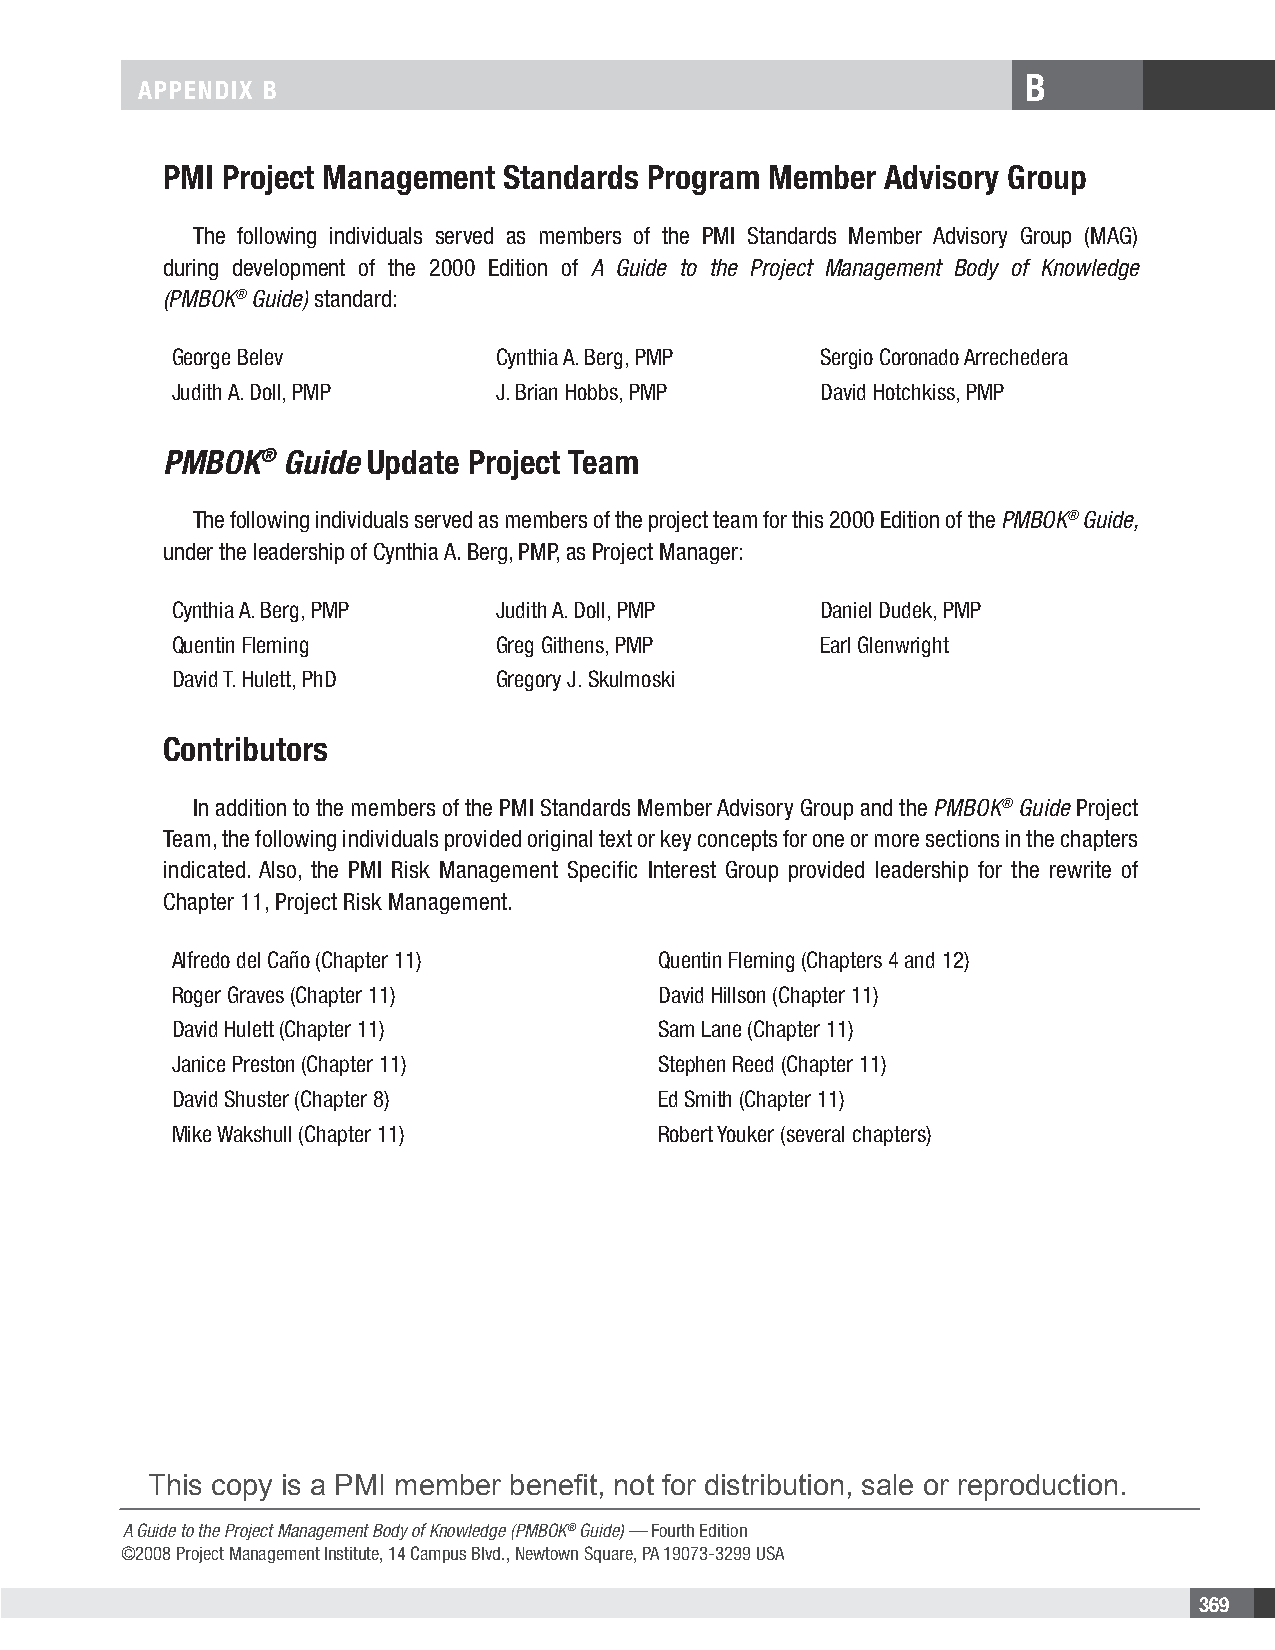
B
 APPENDIX B
 PMI Project Management Standards Program Member Advisory Group
 The following individuals served as members of the PMI Standards Member Advisory Group (MAG)
 during development of the 2000 Edition of A Guide to the Project Management Body of Knowledge
 (PMBOK® Guide) standard:
 George Belev         Cynthia A. Berg, PMP Sergio Coronado Arrechedera
 Judith A. Doll, PMP  J. Brian Hobbs, PMP  David Hotchkiss, PMP
 PMBOK®  Guide Update Project Team
 The following individuals served as members of the project team for this 2000 Edition of the PMBOK® Guide,
 under the leadership of Cynthia A. Berg, PMP, as Project Manager:
 Cynthia A. Berg, PMP Judith A. Doll, PMP  Daniel Dudek, PMP
 Quentin Fleming      Greg Githens, PMP    Earl Glenwright
 David T. Hulett, PhD Gregory J. Skulmoski
 Contributors
 In addition to the members of the PMI Standards Member Advisory Group and the PMBOK® Guide Project
 Team, the following individuals provided original text or key concepts for one or more sections in the chapters
 indicated. Also, the PMI Risk Management Specific Interest Group provided leadership for the rewrite of
 Chapter 11, Project Risk Management.
 Alfredo del Caño (Chapter 11)   Quentin Fleming (Chapters 4 and 12)
 Roger Graves (Chapter 11)       David Hillson (Chapter 11)
 David Hulett (Chapter 11)       Sam Lane (Chapter 11)
 Janice Preston (Chapter 11)     Stephen Reed (Chapter 11)
 David Shuster (Chapter 8)       Ed Smith (Chapter 11)
 Mike Wakshull (Chapter 11)      Robert Youker (several chapters)
 This copy is a PMI member benefit, not for distribution, sale or reproduction.
 A Guide to the Project Management Body of Knowledge (PMBOK® Guide) — Fourth Edition
 ©2008 Project Management Institute, 14 Campus Blvd., Newtown Square, PA 19073-3299 USA
 369